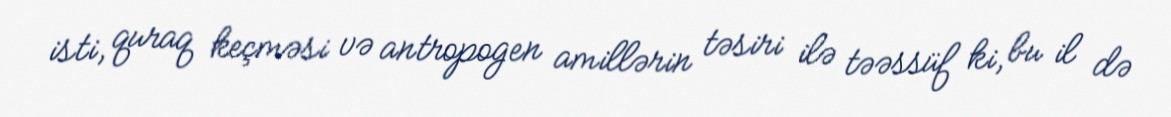
isti, quraq keçməsi və antropogen amillərin təsiri ilə təəssüf ki, bu il də